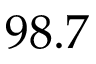
9 8 . 7